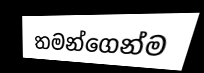
තමන්ගෙන්ම